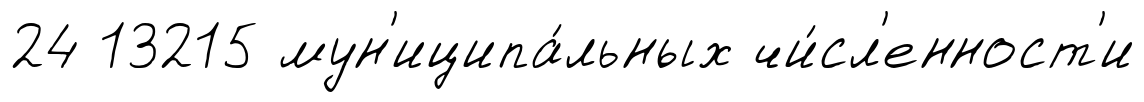
24 13215 мун'иципа́льных чи́сл'енност'и